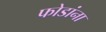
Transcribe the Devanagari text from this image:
फोडांना